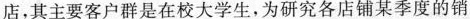
店，其主要客户群是在校大学生，为研究各店铺某季度的销